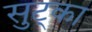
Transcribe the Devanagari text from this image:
सुट्का